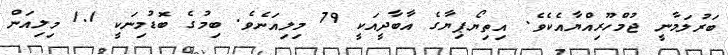
ބަރުލަމާނީ ޖުމްހޫރިއްޔާއެކެވެ. އިތިޔޯޕިޔާގެ އާބާދީއަކީ 79 މިލިއަނެވެ. ބިމުގެ ބޮޑުމިނަކީ 1.1 މިލިއަން